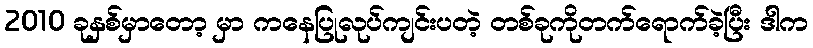
2010 ခုနှစ်မှာတော့ မှာ ကနေပြုလုပ်ကျင်းပတဲ့ တစ်ခုကိုတက်ရောက်ခဲ့ပြီး ဒါက